Calcutta medical institutions reports 1871-78
Year: 1871
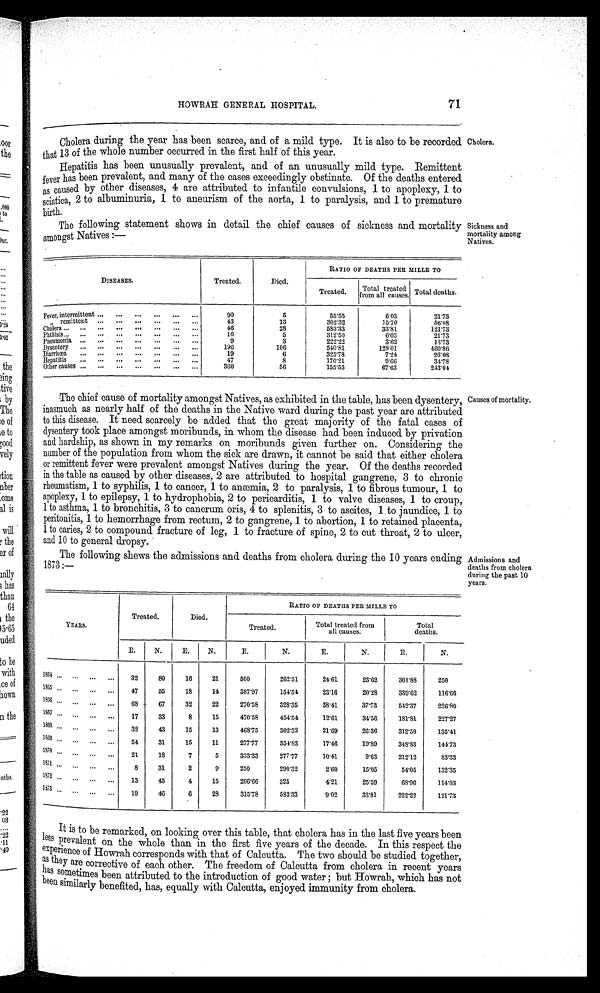
HOWRAH GENERAL HOSPITAL.
71
Cholera during the year has been scarce, and of a mild type. It is also to be recorded
that 13 of the whole number occurred in the first half of this year.
Cholera.
Hepatitis has been unusually prevalent, and of an unusually mild type. Remittent
fever has been prevalent, and many of the cases exceedingly obstinate. Of the deaths entered
as caused by other diseases, 4 are attributed to infantile convulsions, 1 to apoplexy, 1 to
sciatica, 2 to albuminuria, 1 to aneurism of the aorta, 1 to paralysis, and 1 to premature
birth.
The following statement shows in detail the chief causes of sickness and mortality
amongst Natives :—
Sickness and
mortality among
Natives.
DISEASES.
Treated.
Died.
RATIO OF DEATHS PER MILLE TO
Treated.
Total treated
from all causes Total deaths.
Fever, intermittent
90
5
55·55
6·03
21·73
remittent
43
13
302·32
15·70
56·08
Cholera
46
28
583·33
33·81
121·73
Phthisis
16
5
312·50
6·03
21·73
Pneumonia
9
3
222·22
3·62
13·73
Dysentery
196
106
540·81
128·01
460·86
Diarrhœa
19
6
325·78
7·24
26·08
Hepatitis
47
8
170·21
9·66
34·78
Other causes
360
56
155·55
67·63
243·04
The chief cause of mortality amongst Natives, as exhibited in the table, has been dysentery,
inasmuch as nearly half of the deaths in the Native ward during the past year are attributed
to this disease. It need scarcely be added that the great majority of the fatal cases of
dysentery took place amongst moribunds, in whom the disease had been induced by privation
and hardship, as shown in my remarks on moribunds given further on. Considering the
number of the population from whom the sick are drawn, it cannot be said that either cholera
or remittent fever were prevalent amongst Natives during the year. Of the deaths recorded
in the table as caused by other diseases, 2 are attributed to hospital gangrene, 3 to chronic
rheumatism, 1 to syphilis, 1 to cancer, 1 to anæmia, 2 to paralysis, 1 to fibrous tumour, 1 to
apoplexy, 1 to epilepsy, 1 to hydrophobia, 2 to pericarditis, 1 to valve diseases, 1 to croup,
1 to asthma, 1 to bronchitis, 3 to cancrum oris, 4 to splenitis, 3 to ascites, 1 to jaundice, 1 to
peritonitis, 1 to hemorrhage from rectum, 2 to gangrene, 1 to abortion, 1 to retained placenta,
1 to caries, 2 to compound fracture of leg, 1 to fracture of spine, 2 to cut throat, 2 to ulcer,
and 10 to general dropsy.
Causes of mortality.
The following shews the admissions and deaths from cholera during the 10 years ending
1873:—
Admissions and
eaths from cholera
during the
past 10
years.
Treated.
Died.
RATIO OF DEATHS PER MILLE TO
Treated.
Total treated from
all causes.
Total
deaths.
YEARS.
E.
N.
E.
N.
E.
N.
E.
N.
E.
N.
1868
3 2
80
16
21
500
262·51
24·61
23·62
301·88
250
1865
47
55
18
14
387·97
154·54
23·16
20·28
339·62
116·66
1866
68
67
32
22
270·58
328·35
38·41
37·73
542·37
226·80
1867
1 7 33
8
15
470·58
454·54
12·61
34·56
181·81
227·27
1868
3 2 43
15
13
468·75
302·32
21·69
26·36
312·50
135·41
1869
54
31
15
11
277·77
354·83
17·46
19·89
348·83
144·73
1870
21
18
7
5
333·33
277·77
10·41
9·63
212·12
83·33
1871
8
31
2
9
250
290·32
2·60
15·05
54·05
132·35
1872
13
45
4
15
266·66
325
4·21
25·59
68·96
114·03
1873
19
46
6
28
315·78
583·33
9·02
33·81
222·22
121·73
It is to be remarked, on looking over this table, that cholera has in the last five years been
less prevalent on the whole than in the first five years of the decade. In this respect the
experience of Howrah corresponds with that of Calcutta. The two should be studied together,
as they are corrective of each other. The freedom of Calcutta from cholera in recent years
has sometimes been attributed to the introduction of good water ; but Howrah, which has not
b e e n s i m i l a r l y b e n e f i t e d , h a s , e q u a l l y w i t h C a l c u t t a , e n j o y e d i m m u n i t y f r o m c h o l e r a .